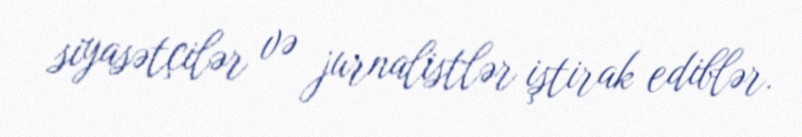
siyasətçilər və jurnalistlər iştirak ediblər.